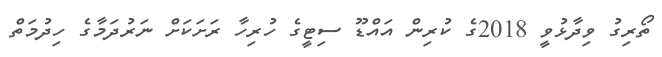
ތޯރިގު ވިދާޅުވީ 2018ގެ ކުރިން އައްޑޫ ސިޓީގެ ހުރިހާ ރަށަކަށް ނަރުދަމާގެ ހިދުމަތް